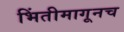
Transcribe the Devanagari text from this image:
भिंतीमागूनच